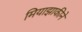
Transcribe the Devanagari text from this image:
मियाझाकीने